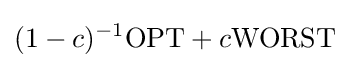
(1-c)^{-1}\mathrm {OPT} +c\mathrm {WORST}